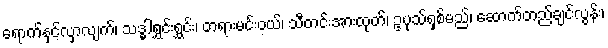
ရောက်နှင့်လှာလျက်၊ သဒ္ဓါရွှင်းရွှင်း၊ တရားမင်းဝယ်၊ သီတင်းအားထုတ်၊ ဥပုသ်ရှစ်မည်၊ ဆောက်တည်ချင်လွန်း၊